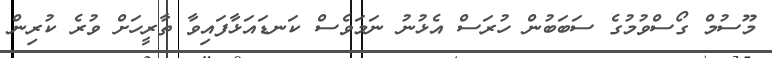
މޫސުމް ގޯސްވުމުގެ ސަބަބުން ހުރަސް އެޅުނު ނަމަވެސް ކަނޑައަޅާފައިވާ ތާރީހަށް ވުރެ ކުރިން